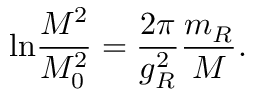
\mathrm { l n } \frac { M ^ { 2 } } { M _ { 0 } ^ { 2 } } = \frac { 2 \pi } { g _ { R } ^ { 2 } } \frac { m _ { R } } { M } .